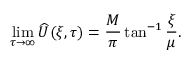
\operatorname* { l i m } _ { \tau \to \infty } \widehat { U } ( \xi , \tau ) = \frac { M } { \pi } \tan ^ { - 1 } \frac { \xi } { \mu } .